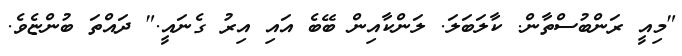
"މިއީ ރަންބުސްތާން. ކާލަބަލަ. ލަންކާއިން ބޭބެ އައި އިރު ގެނައީ." ދައްތަ ބުންޏެވެ.